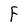
Character: F